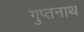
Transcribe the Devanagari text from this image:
गुप्तनाथ